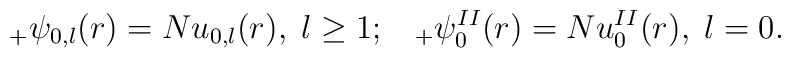
_{+}\psi _{0,l}(r)=Nu_{0,l}(r){},\;l\geq 1;\;\;\;_{+}\psi_{0}^{II}(r)=Nu_{0}^{II}(r){},\;l=0.